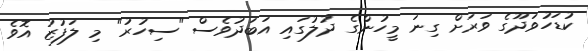
ކުޑަހުވަދޫގެ ވަރަށް ގިނަ މީހުންގެ ދުލުގައި އަބަދުވެސް "ސިހުރު" މި ލަފުޒު އޮވެ